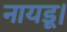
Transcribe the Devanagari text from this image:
नायडू।